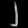
Digit: ၂